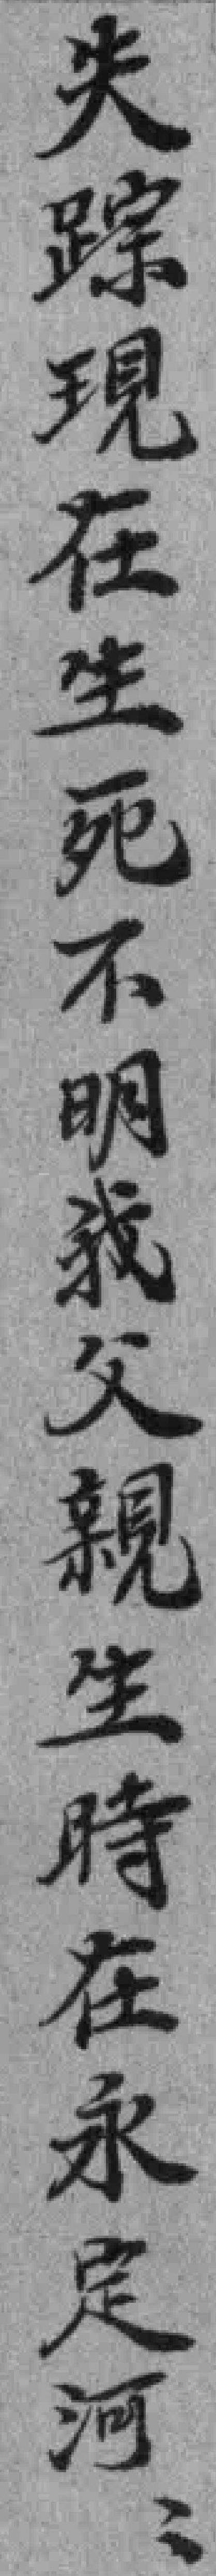
失踪現在生死不明我父親生時在永定河*